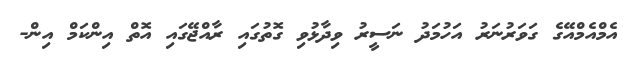
އެމްއެމްއޭގެ ގަވަރުނަރު އަހުމަދު ނަސީރު ވިދާޅުވި ގޮތުގައި ރާއްޖޭގައި އޮތް އިންކަމް އިން-